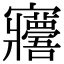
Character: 𡬑